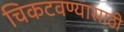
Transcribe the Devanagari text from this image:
चिकटवण्यासाठी